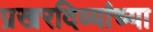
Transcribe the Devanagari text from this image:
प्रखरदिव्यांच्या